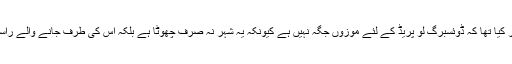
‘‘ انہوں نے کہا،’’ میں نے ایک سال پہلے ہی خبردار کیا تھا کہ ڈوئسبرگ لو پریڈ کے لئے موزوں جگہ نہیں ہے کیونکہ یہ شہر نہ صرف چھوٹا ہے بلکہ اس کی طرف جانے والے راستے بھی اتنے بڑے ایونٹ کے لئے مناسب نہیں ہیں۔